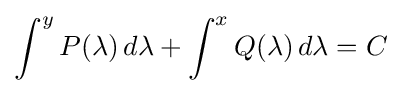
\int ^{y}P(\lambda )\,d\lambda +\int ^{x}Q(\lambda )\,d\lambda =C